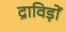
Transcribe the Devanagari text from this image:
द्राविड़ों